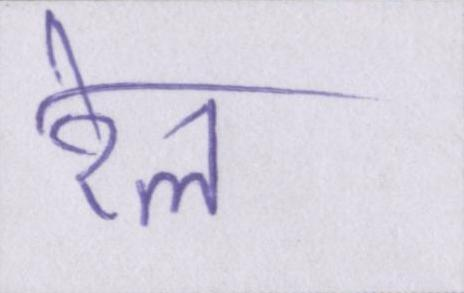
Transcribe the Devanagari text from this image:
रेल